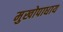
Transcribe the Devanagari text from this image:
मुखोपाधाय